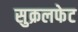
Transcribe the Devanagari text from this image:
सुक्रलफेट